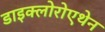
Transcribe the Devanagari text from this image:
डाइक्लोरोएथेन